Vaccination United Provinces of Agra and Oudh 1914-1922 - 1914-1922
Year: 1914
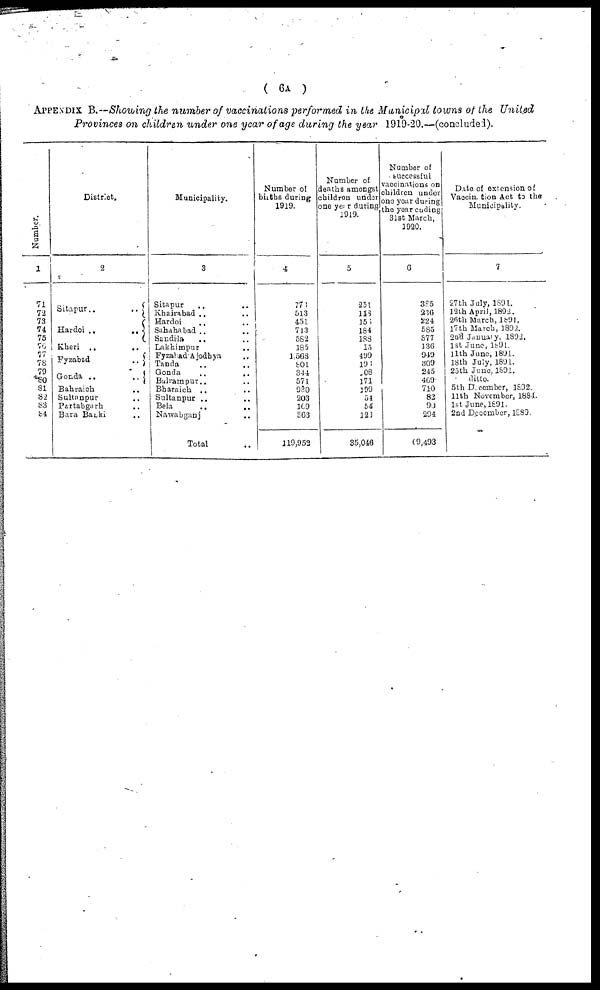
( 6A )
APPENDIX B.—Showing the number of vaccinations performed in the Municipal towns of the United
Provinces on children under one year of age during the year 1919-20.—(concluded).
Number.
1
71
72
73
74
75
76
77
76
79
80
81
82
83
84
District.
2
Sitapur..
..
Hardoi ..
..
Kheri
..
..
Fyzabad
..
Gonda ..
..
Bahraich ..
Sultanpur ..
Partabgarh ..
Bara Banki ..
Municipality.
3
Sitapur .. ..
Khairabad .. ..
Hardoi .. ..
Sahdhabad .. ..
Sandila
.. ..
Lakhimpur ..
Fyzabad Ajodbya ..
Tanda ..
Gonda .. ..
Balrampur.. ..
Bharaich .. ..
Sultanpur .. ..
Bela .. ..
Nawabganj ..
Total
..
Number of
births during
1919.
4
773
513
451
713
582
185
1,568
801
344
571
930
203
169
363
119,952
Number of
deaths amongst
children under
one year during
1919.
5
251
118
156
184
188
15
499
193
108
171
199
54
54
123
35,046
Number of
successful
vaccinations on
children under
one year during
the year ending
31st March.
1920.
6
385
236
224
583
377
136
949
309
245
469
710
82
90
294
69,493
Date of extension of
Vaccination Act to the
Municipality.
7
27th July, 1891.
l2th April, 1892.
26 th March, 1891.
17 th March, 1892.
2nd January. 1892.
1st June, 1891
11th June, 1891.
13th July. 1891.
25th June,1891.
ditto.
5th December, 1892.
11th November, 1881.
1st June, 1891.
2nd December, 1889.